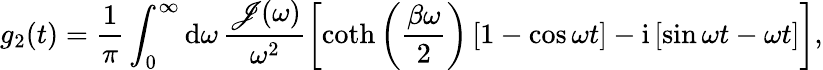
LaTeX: g_{2}(t)=\frac{1}{\pi}\int_{0}^{\infty}\textrm{d}\omega\, \frac{\mathscr{J}(\omega)}{\omega^{2}}\left[\textrm{coth}\left(\frac{\beta\omega}{2}\right)\left[1-\cos{\omega t}\right]-\textrm{i}\left[\sin{\omega t}-\omega t\right]\right],